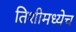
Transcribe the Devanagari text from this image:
तिशीमध्येच